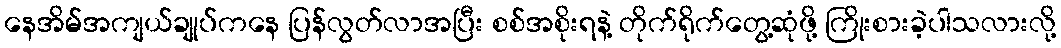
နေအိမ်အကျယ်ချုပ်ကနေ ပြန်လွတ်လာအပြီး စစ်အစိုးရနဲ့ တိုက်ရိုက်တွေ့ဆုံဖို့ ကြိုးစားခဲ့ပါသလားလို့